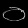
Digit: ၀